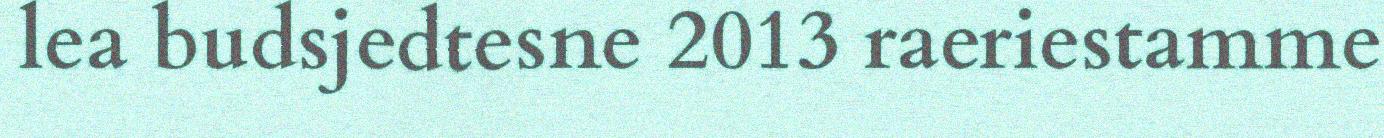
lea budsjedtesne 2013 raeriestamme